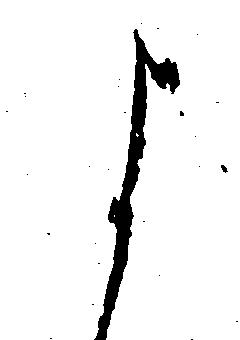
よ